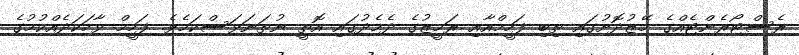
ރެސްޓޯރެންޓެއްގެ މޭޒުދޮށުގައި ތިބި ފަހީމްއާއި ރަމީޒުގެ ދެމެދުގައި އޮތީ ނުތަނަވަސްކަމެވެ. ފަހީމް ވާހަކަދެއްކުމުގެ